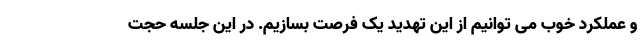
و عملکرد خوب می توانیم از این تهدید یک فرصت بسازیم. در این جلسه حجت